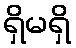
ရှိမရှိ